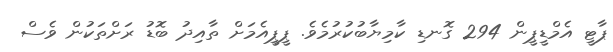
ޕާޓީ އެމްޑީޕީން 294 ގޮނޑި ކާމިޔާބުކުރުމެވެ. ޕީޕީއެމަށް ތާއިދު ބޮޑު ރަށްތަކުން ވެސް